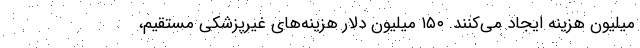
میلیون هزینه ایجاد می‌کنند. ۱۵۰ میلیون دلار هزینه‌های غیرپزشکی مستقیم،